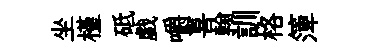
坐槿砥戯嚼喜翰訓格𥱼